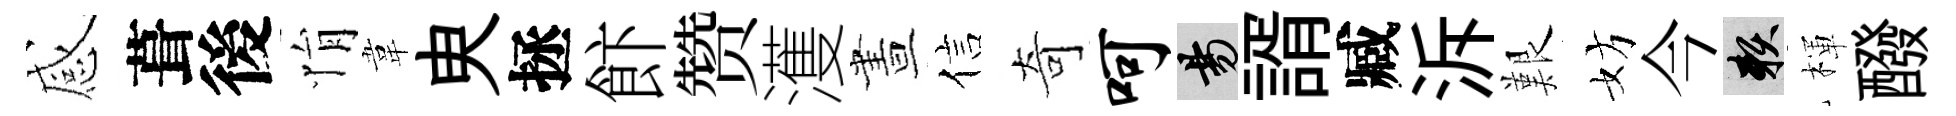
感葺後悁韋㬰拯飰赞濩晝信奇呵昜諝臧泝艱妨今賴楎醱